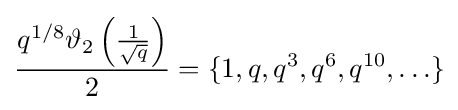
{\frac {q^{1/8}\vartheta _{2}\left({\frac {1}{\sqrt {q}}}\right)}{2}}=\{1,q,q^{3},q^{6},q^{10},\ldots \}